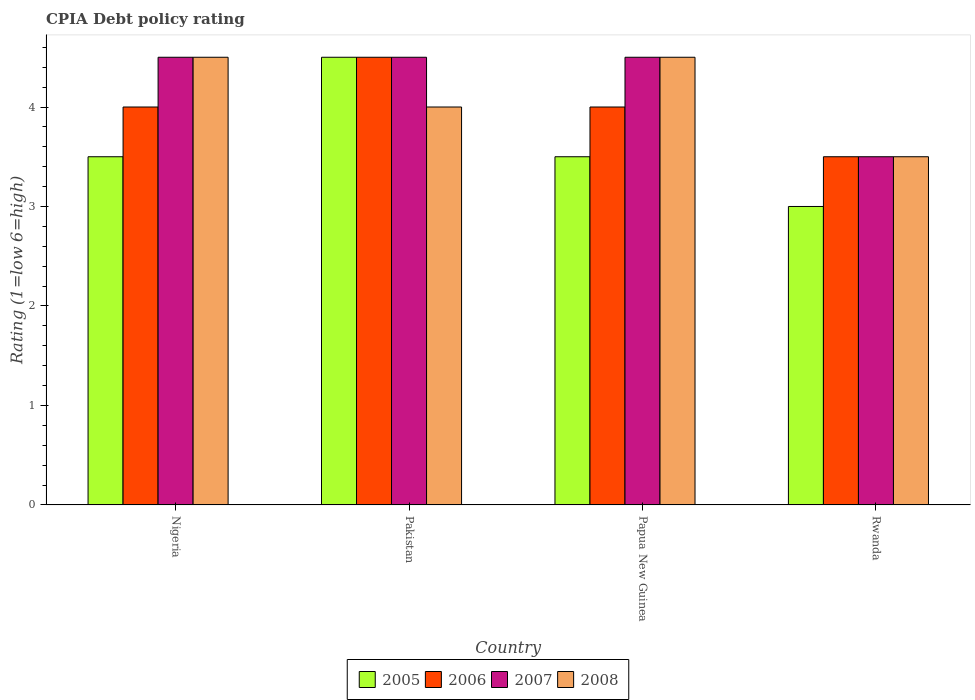
| Country | 2005 | 2006 | 2007 | 2008 |
 | --- | --- | --- | --- | --- |
 | Nigeria | 3.5 | 4 | 4.5 | 4.5 |
 | Pakistan | 4.5 | 4.5 | 4.5 | 4 |
 | Papua New Guinea | 3.5 | 4 | 4.5 | 4.5 |
 | Rwanda | 3 | 3.5 | 3.5 | 3.5 |